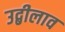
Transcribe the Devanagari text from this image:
उद्बीलाव